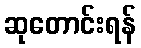
ဆုတောင်းရန်